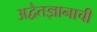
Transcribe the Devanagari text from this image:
अद्वैतज्ञानाची